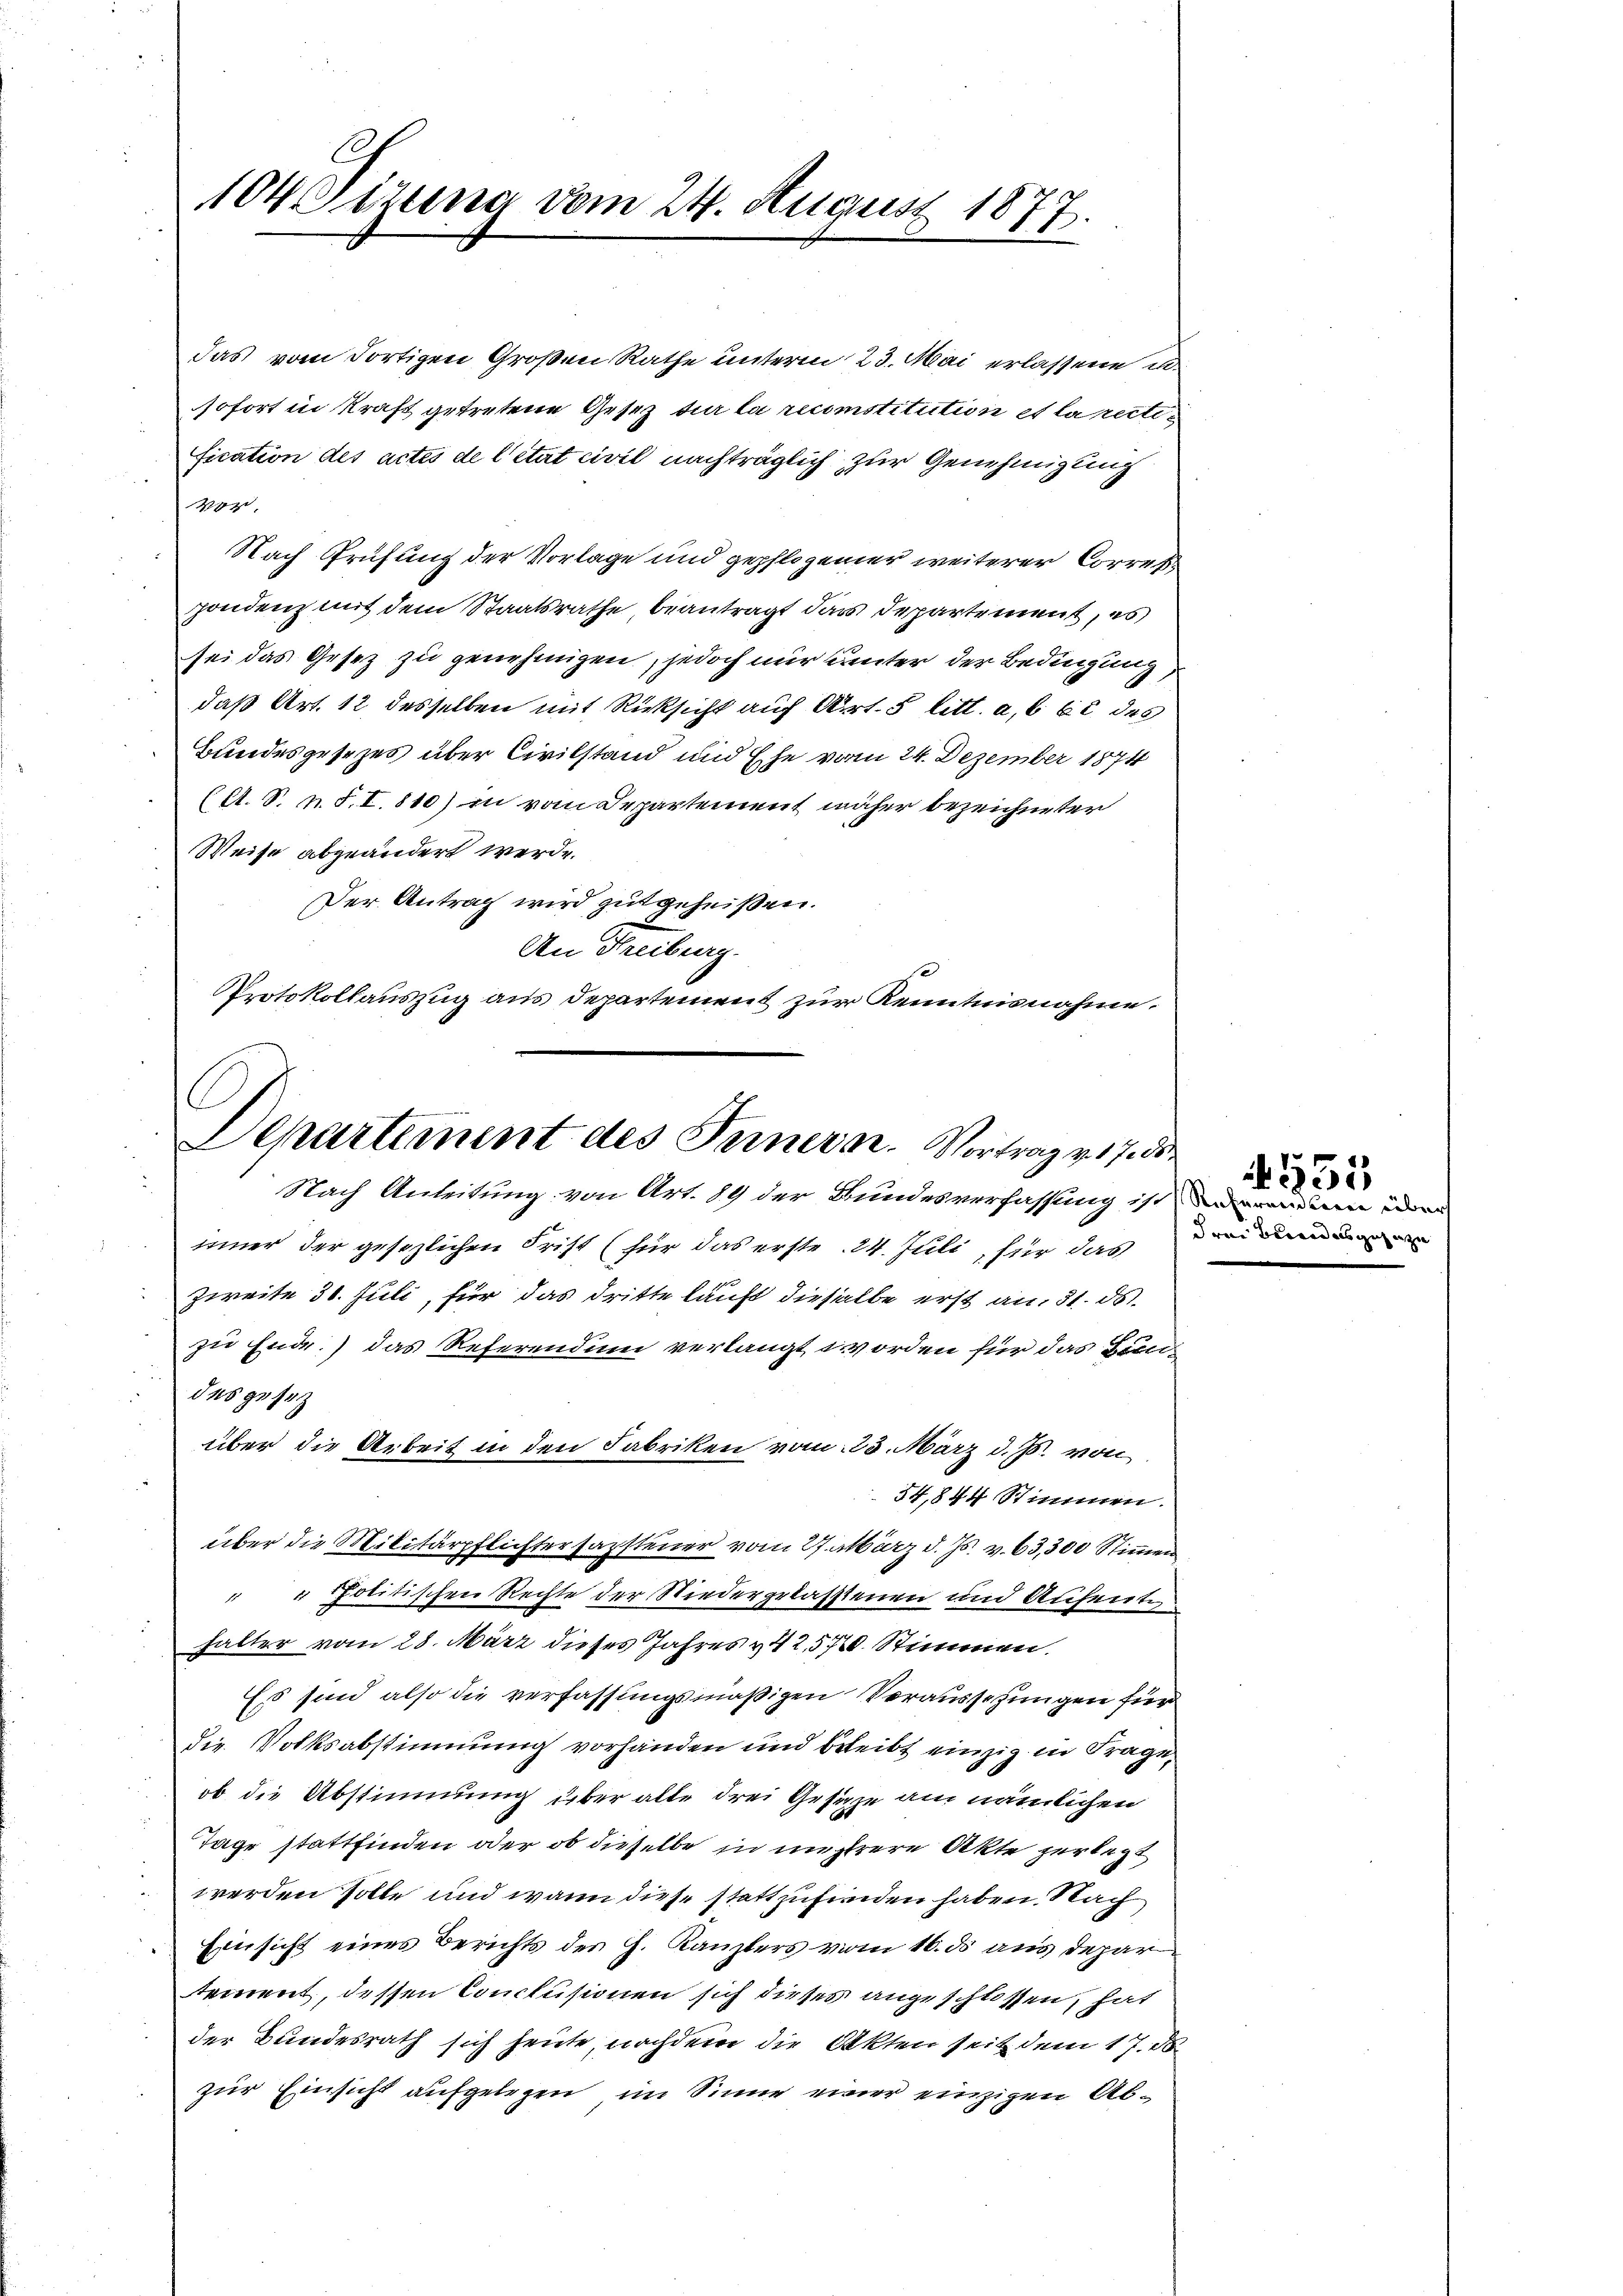
C
104 Sizung vom 24. August 1877

das vom dortigen Großen Rathe unterm 23. Mai erlassene u
sofort in Kraft getretene Gesetz der la reconstitution et la rectification des actes de l’état civil nachträglich zur Genehmigung
Ver
Nach Prüfung der Vorlage und gepflogener weiterer Corres
pondenz mit dem Staatsrathe beantragt das Departement, es
sei das Gesez zu genehmigen, jedoch nur unter der Bedingung
daß Art. 12 desselben mit Rücksicht auf Art. 5 litt. a, 662 des
Bundesgesezes über Civilstand und Ehe vom 24. Dezember 1874
(A. S. n. F. I. 810) in vom Departement näher bezeichneter
Weise abgeändert werde.
Der Antrag wird gutgeheißen.
A
An Freiburg-
Protokollauszug aus Departement zur Kenntnisnahme.

Departement des Feinerar. Vortrag v. 17. der
Nach Anleitung von Art. 89 der Bundesverfassung ist an de

iner der gesezlichen Frist (für das erste 24. Juli, für das
Zweite 30. Juli, für das dritte läuft dieselbe erst an, 31. ds.
zu Ende.) das Referendum verlangt worden für das Bundes gesetz
über die Arbeit in den Fabriken vom 25. März d. Js. von
54,844 Stimmen.
über die Militärpflichtersamsteuer vom 27. März d. Js. v. 63,300 Stimmen
" u Politischen Rechte der Niedergelassenen und Aufenten
halter vom 28. März dieses Jahres & 42,570. Stimmen.
Es sind also die verfassungsmäßigen Veraussehungen für
Die Volksabstimmung vorhanden und beleibt einzig in Frage
ob die Abstimmung über alte drei Gesetze am nämlichen
Tage stattfinden oder ob dieselbe in mehrere Akte zerlegt
werden solle und wann diese stattzufinden haben. Nach
Eversicht eines Berichts des H. Kanzlers vom 16. ds aus depar
tement, dessen Conclusionen sich dieses angeschlossen, hat
der Bundesrath sich heute, nachdem die Akten seit dem 17. d
zur Einsicht aufgelegen, im Sinne einer einzigen Ab¬

drei Bereides geizie

A 155